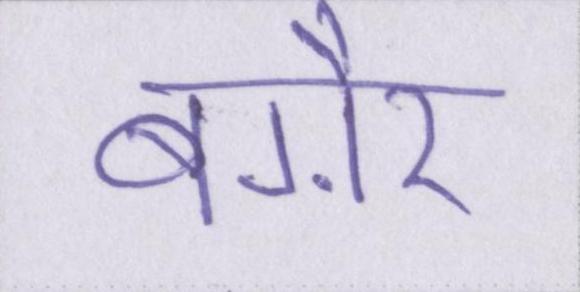
बग़ैर